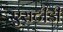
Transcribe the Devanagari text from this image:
एसटी़डी